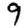
Digit: 9